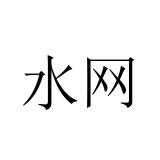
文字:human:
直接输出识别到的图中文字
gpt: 水网